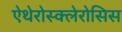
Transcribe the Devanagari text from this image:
ऐथेरोस्क्लेरोसिस